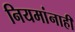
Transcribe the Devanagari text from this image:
नियमांनाही